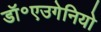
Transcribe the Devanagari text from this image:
डॉ॰एउगेनियो